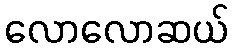
လောလောဆယ်